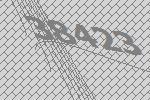
38423